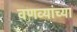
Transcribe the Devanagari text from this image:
वणव्यांच्या